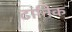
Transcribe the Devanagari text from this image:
टांनिक